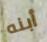
أبنه